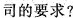
司的要求?